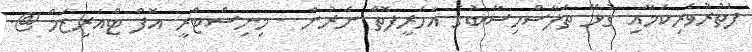
ފަތުރުވެރިކަމާއި ގުޅޭ ތަފާސްހިސާބުގެ އަހަރީފޮތް ނެރުން - މިނިސްޓްރީ އޮފް ޓްއަރިޒަމް @.